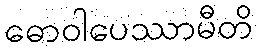
ဓောဝါပေဿာမီတိ